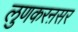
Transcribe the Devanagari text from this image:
लुणकरऩसर